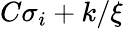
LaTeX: C\sigma_{i}+k/\xi